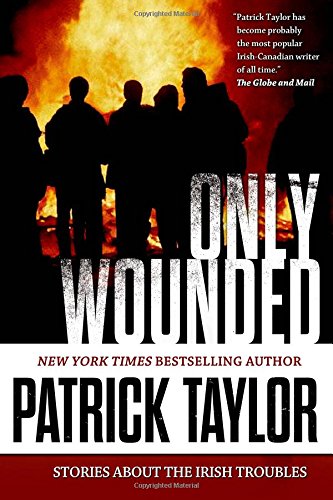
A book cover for Only Wounded: Stories of the Irish Troubles; Patrick Taylor; Literature & Fiction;